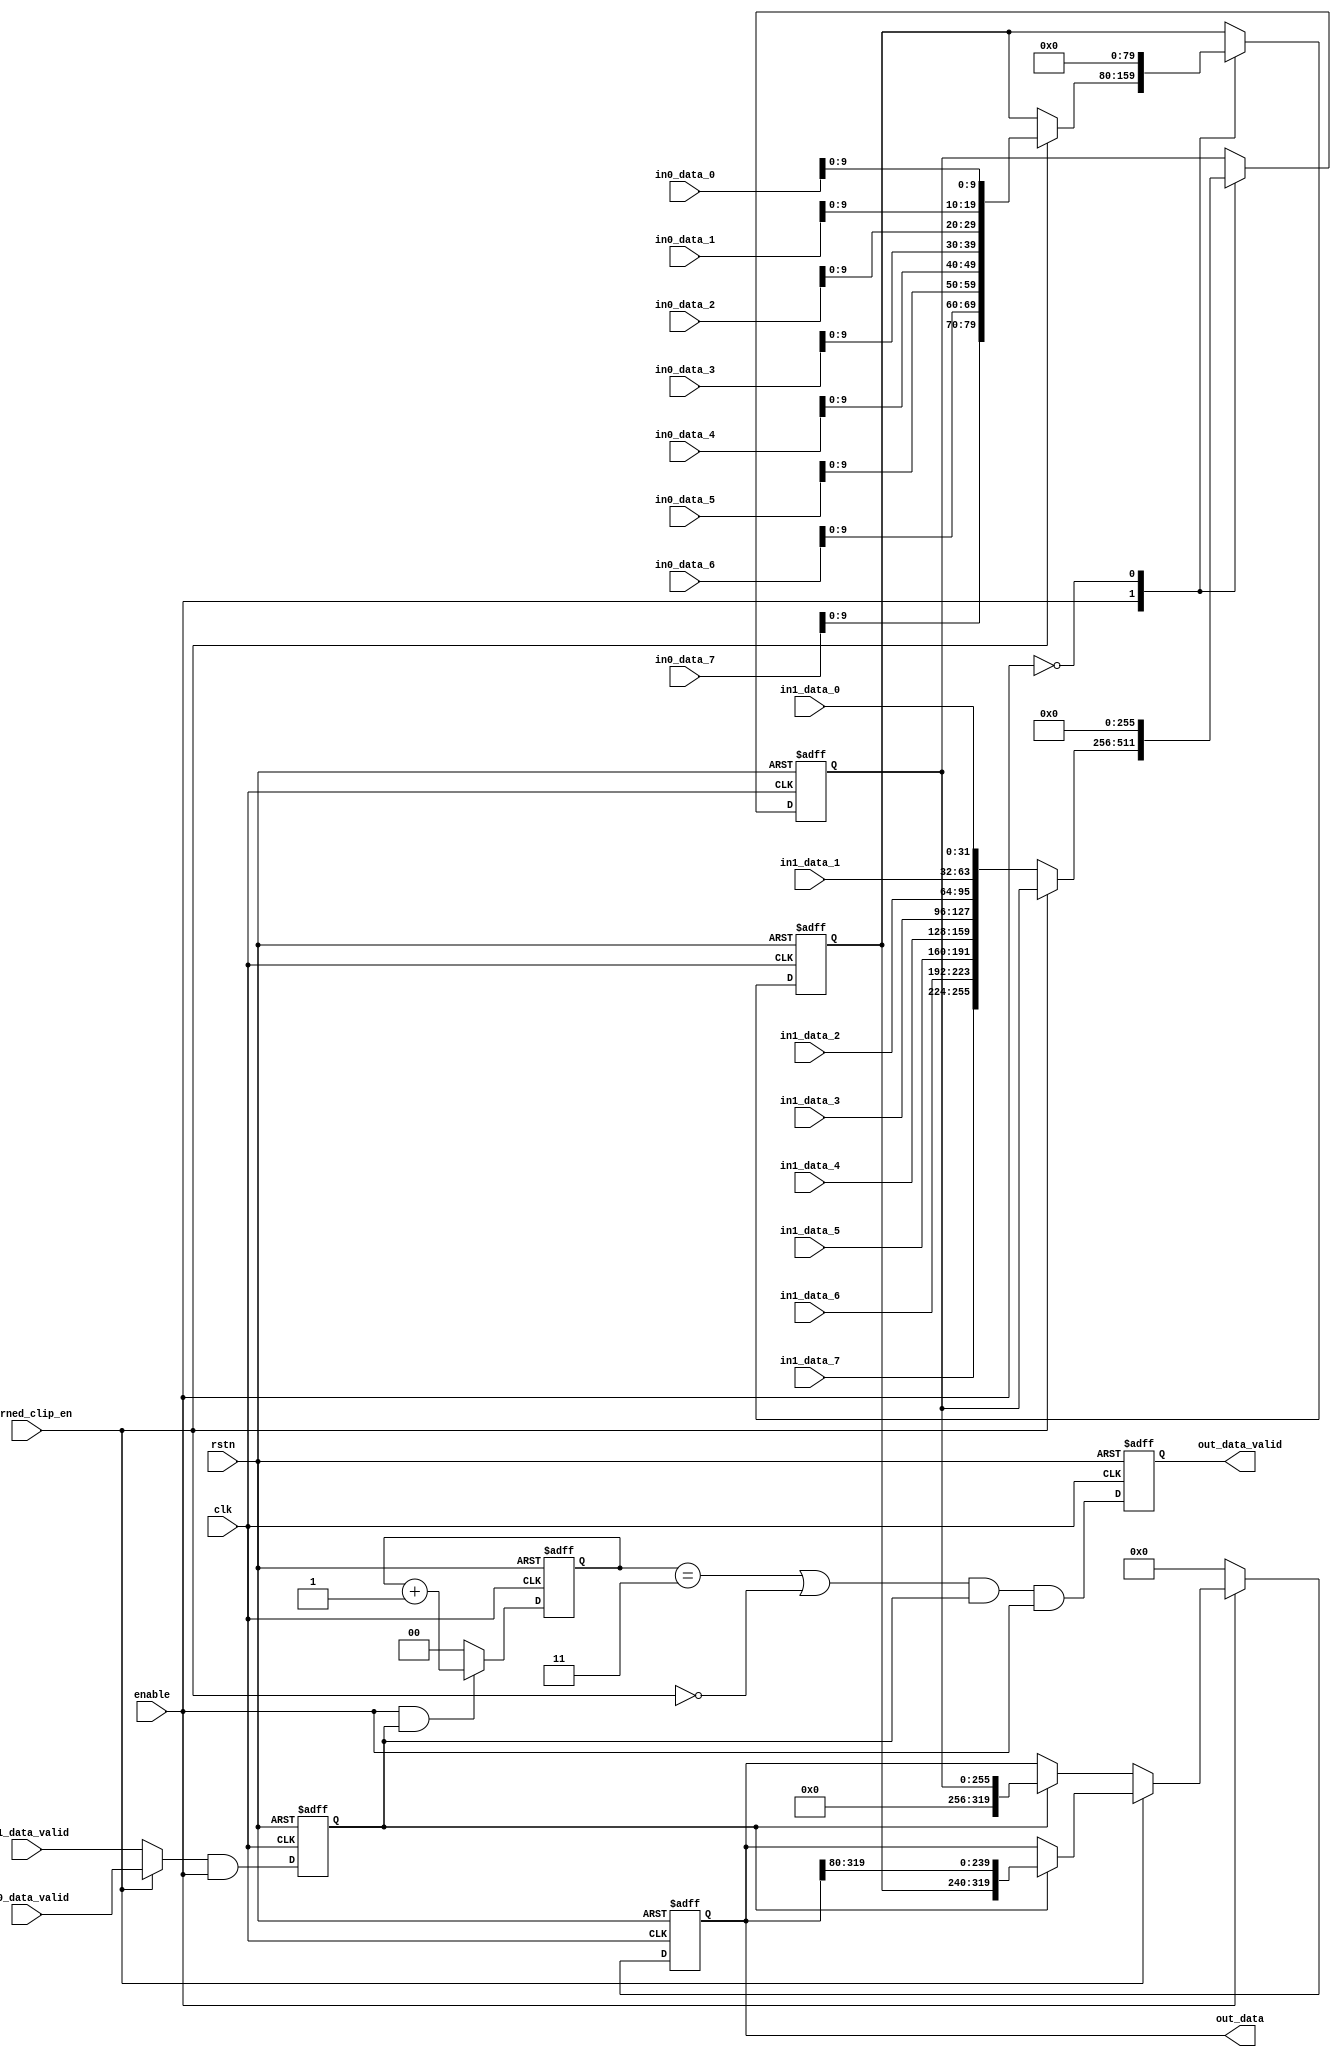
// Generated by stratus_hls 19.10-p100  (91500.011111)
// Fri Jan 15 20:25:17 2021
// from sfu_out_buff.cpp

`timescale 1ps / 1ps

      
module sfu_out_buff(clk, rstn, enable, learned_clip_en, in0_data_0, in0_data_1, in0_data_2, in0_data_3, in0_data_4, in0_data_5, in0_data_6, in0_data_7, in0_data_valid, in1_data_0, in1_data_1, in1_data_2, in1_data_3, in1_data_4, in1_data_5, in1_data_6, in1_data_7, in1_data_valid, out_data, out_data_valid);

      input clk;
      input rstn;
      input enable;
      input learned_clip_en;
      input [31:0] in0_data_0;
      input [31:0] in0_data_1;
      input [31:0] in0_data_2;
      input [31:0] in0_data_3;
      input [31:0] in0_data_4;
      input [31:0] in0_data_5;
      input [31:0] in0_data_6;
      input [31:0] in0_data_7;
      input in0_data_valid;
      input [31:0] in1_data_0;
      input [31:0] in1_data_1;
      input [31:0] in1_data_2;
      input [31:0] in1_data_3;
      input [31:0] in1_data_4;
      input [31:0] in1_data_5;
      input [31:0] in1_data_6;
      input [31:0] in1_data_7;
      input in1_data_valid;
      output [319:0] out_data;
      reg [319:0] out_data;
      output out_data_valid;
      reg out_data_valid;
      reg sfu_out_buff_N_Muxb_1_2_10_4_12_out1;
      wire sfu_out_buff_And_1Ux1U_1U_4_13_out1;
      wire sfu_out_buff_And_1Ux1U_1U_4_10_out1;
      reg[1:0] sfu_out_buff_MuxAdd2i1u2i0u1_4_11_out1;
      wire sfu_out_buff_And_1Ux1U_1U_4_8_out1;
      wire sfu_out_buff_Or_1Ux1U_1U_4_7_out1;
      reg[1:0] data_cnt;
      wire sfu_out_buff_Eqi3u2_4_6_out1;
      wire sfu_out_buff_Not_1U_1U_4_5_out1;
      wire sfu_out_buff_And_1Ux1U_1U_4_9_out1;
      reg[319:0] sfu_out_buff_N_MuxB_320_2_8_4_3_out1;
      reg[319:0] sfu_out_buff_N_MuxB_320_2_0_4_2_out1;
      reg[255:0] t_data;
      wire[256:0] sfu_out_buff_N_MuxB_320_2_0_4_2_in2;
      reg[319:0] sfu_out_buff_N_MuxB_320_2_8_4_1_out1;
      reg r_data_valid;
      reg[79:0] r_data;
      wire[319:0] sfu_out_buff_N_MuxB_320_2_8_4_1_in2;
      reg[319:0] sfu_out_buff_N_MuxB_320_2_9_4_4_out1;

         // rtl_process:sfu_out_buff/drive_out_data
         // Sharing or Control mux
         // Sharing/Controlling 3 operation(s) on drive_out_data
         // at: sfu_out_buff.h:96:7
         // at: sfu_out_buff.h:106:7
         always @(posedge clk or negedge rstn)
          begin :drive_out_data
            if (rstn == 1'b0) begin
               // op:_out_data/OP0
               out_data <= 320'd0;
            end
            else begin
               // op:_out_data/OP14
               out_data <= sfu_out_buff_N_MuxB_320_2_9_4_4_out1;
            end
         end

         // rtl_process:sfu_out_buff/drive_sfu_out_buff_N_MuxB_320_2_8_4_1_in2
         // Sharing or Control mux
         // Sharing/Controlling 1 operation(s) on drive_sfu_out_buff_N_MuxB_320_2_8_4_1_in2
         // at: sfu_out_buff.h:101:32
         assign sfu_out_buff_N_MuxB_320_2_8_4_1_in2 = {r_data, out_data[319:80]};

         // rtl_instance:sfu_out_buff/sfu_out_buff_N_MuxB_320_2_8_4
         always @(out_data or r_data_valid or sfu_out_buff_N_MuxB_320_2_8_4_1_in2)
          begin :sfu_out_buff_N_MuxB_320_2_8_4_1
            if (r_data_valid) begin
               sfu_out_buff_N_MuxB_320_2_8_4_1_out1 = sfu_out_buff_N_MuxB_320_2_8_4_1_in2;
            end
            else begin
               sfu_out_buff_N_MuxB_320_2_8_4_1_out1 = out_data;
            end
         end

         // rtl_process:sfu_out_buff/drive_sfu_out_buff_N_MuxB_320_2_0_4_2_in2
         // Sharing or Control mux
         // Sharing/Controlling 1 operation(s) on drive_sfu_out_buff_N_MuxB_320_2_0_4_2_in2
         // at: sfu_out_buff.h:106:24
         assign sfu_out_buff_N_MuxB_320_2_0_4_2_in2 = {1'b0, t_data};

         // rtl_instance:sfu_out_buff/sfu_out_buff_N_MuxB_320_2_0_4
         always @(out_data or r_data_valid or sfu_out_buff_N_MuxB_320_2_0_4_2_in2)
          begin :sfu_out_buff_N_MuxB_320_2_0_4_2
            if (r_data_valid) begin
               sfu_out_buff_N_MuxB_320_2_0_4_2_out1 = {63'b000000000000000000000000000000000000000000000000000000000000000, sfu_out_buff_N_MuxB_320_2_0_4_2_in2};
            end
            else begin
               sfu_out_buff_N_MuxB_320_2_0_4_2_out1 = out_data;
            end
         end

         // rtl_instance:sfu_out_buff/sfu_out_buff_N_MuxB_320_2_8_4
         always @(learned_clip_en or sfu_out_buff_N_MuxB_320_2_8_4_1_out1 or sfu_out_buff_N_MuxB_320_2_0_4_2_out1)
          begin :sfu_out_buff_N_MuxB_320_2_8_4_3
            if (learned_clip_en) begin
               sfu_out_buff_N_MuxB_320_2_8_4_3_out1 = sfu_out_buff_N_MuxB_320_2_8_4_1_out1;
            end
            else begin
               sfu_out_buff_N_MuxB_320_2_8_4_3_out1 = sfu_out_buff_N_MuxB_320_2_0_4_2_out1;
            end
         end

         // rtl_instance:sfu_out_buff/sfu_out_buff_N_MuxB_320_2_9_4
         always @(enable or sfu_out_buff_N_MuxB_320_2_8_4_3_out1)
          begin :sfu_out_buff_N_MuxB_320_2_9_4_4
            if (enable) begin
               sfu_out_buff_N_MuxB_320_2_9_4_4_out1 = sfu_out_buff_N_MuxB_320_2_8_4_3_out1;
            end
            else begin
               sfu_out_buff_N_MuxB_320_2_9_4_4_out1 = 320'd0;
            end
         end

         // rtl_process:sfu_out_buff/drive_out_data_valid
         // Sharing or Control mux
         // Sharing/Controlling 2 operation(s) on drive_out_data_valid
         // at: sfu_out_buff.h:84:7
         // at: sfu_out_buff.h:90:7
         always @(posedge clk or negedge rstn)
          begin :drive_out_data_valid
            if (rstn == 1'b0) begin
               // op:_out_data_valid/OP26
               out_data_valid <= 1'd0;
            end
            else begin
               // op:_out_data_valid/OP36
               out_data_valid <= sfu_out_buff_And_1Ux1U_1U_4_9_out1;
            end
         end

         // rtl_instance:sfu_out_buff/sfu_out_buff_Not_1U_1U_4_5
         // Resource=sfu_out_buff_Not_1U_1U_4, Function=not : Inputs=1 Outputs=1
         // Implements 1 operation(s)
         // at: sfu_out_buff.h:87:10
         assign sfu_out_buff_Not_1U_1U_4_5_out1 = !learned_clip_en;

         // rtl_instance:sfu_out_buff/sfu_out_buff_Eqi3u2_4_6
         // Resource=sfu_out_buff_Eqi3u2_4, Function=eq : Inputs=2 Outputs=1
         // Implements 1 operation(s)
         // at: sfu_out_buff.h:88:62
         assign sfu_out_buff_Eqi3u2_4_6_out1 = data_cnt == 2'd3;

         // rtl_instance:sfu_out_buff/sfu_out_buff_Or_1Ux1U_1U_4_7
         // Resource=sfu_out_buff_Or_1Ux1U_1U_4, Function=or : Inputs=1,1 Outputs=1
         // Implements 1 operation(s)
         // at: sfu_out_buff.h:87:10
         assign sfu_out_buff_Or_1Ux1U_1U_4_7_out1 = sfu_out_buff_Eqi3u2_4_6_out1 | sfu_out_buff_Not_1U_1U_4_5_out1;

         // rtl_instance:sfu_out_buff/sfu_out_buff_And_1Ux1U_1U_4_8
         // Resource=sfu_out_buff_And_1Ux1U_1U_4, Function=and : Inputs=1,1 Outputs=1
         // Implements 1 operation(s)
         // at: sfu_out_buff.h:88:44
         assign sfu_out_buff_And_1Ux1U_1U_4_8_out1 = sfu_out_buff_Or_1Ux1U_1U_4_7_out1 & r_data_valid;

         // rtl_instance:sfu_out_buff/sfu_out_buff_And_1Ux1U_1U_4_9
         // Resource=sfu_out_buff_And_1Ux1U_1U_4, Function=and : Inputs=1,1 Outputs=1
         // Implements 1 operation(s)
         // at: sfu_out_buff.h:85:10
         assign sfu_out_buff_And_1Ux1U_1U_4_9_out1 = sfu_out_buff_And_1Ux1U_1U_4_8_out1 & enable;

         // rtl_process:sfu_out_buff/drive_data_cnt
         // Sharing or Control mux
         // Sharing/Controlling 4 operation(s) on drive_data_cnt
         // at: sfu_out_buff.h:88:47
         // at: sfu_out_buff.h:72:7
         // at: sfu_out_buff.h:78:7
         always @(posedge clk or negedge rstn)
          begin :drive_data_cnt
            if (rstn == 1'b0) begin
               // op:_data_cnt/OP45
               data_cnt <= 2'd0;
            end
            else begin
               // op:_data_cnt/OP52
               data_cnt <= sfu_out_buff_MuxAdd2i1u2i0u1_4_11_out1;
            end
         end

         // rtl_instance:sfu_out_buff/sfu_out_buff_And_1Ux1U_1U_4_10
         // Resource=sfu_out_buff_And_1Ux1U_1U_4, Function=and : Inputs=1,1 Outputs=1
         // Implements 1 operation(s)
         // at: sfu_out_buff.h:73:15
         assign sfu_out_buff_And_1Ux1U_1U_4_10_out1 = enable & r_data_valid;

         // rtl_instance:sfu_out_buff/sfu_out_buff_MuxAdd2i1u2i0u1_4
         always @(data_cnt or sfu_out_buff_And_1Ux1U_1U_4_10_out1)
          begin :sfu_out_buff_MuxAdd2i1u2i0u1_4_11
            if (sfu_out_buff_And_1Ux1U_1U_4_10_out1) begin
               sfu_out_buff_MuxAdd2i1u2i0u1_4_11_out1 = data_cnt + 2'd1;
            end
            else begin
               sfu_out_buff_MuxAdd2i1u2i0u1_4_11_out1 = 2'd0;
            end
         end

         // rtl_process:sfu_out_buff/drive_r_data_valid
         // Sharing or Control mux
         // Sharing/Controlling 5 operation(s) on drive_r_data_valid
         // at: sfu_out_buff.h:100:10
         // at: sfu_out_buff.h:88:24
         // at: sfu_out_buff.h:75:15
         // at: sfu_out_buff.h:60:7
         // at: sfu_out_buff.h:66:7
         always @(posedge clk or negedge rstn)
          begin :drive_r_data_valid
            if (rstn == 1'b0) begin
               // op:_r_data_valid/OP57
               r_data_valid <= 1'd0;
            end
            else begin
               // op:_r_data_valid/OP64
               r_data_valid <= sfu_out_buff_And_1Ux1U_1U_4_13_out1;
            end
         end

         // rtl_instance:sfu_out_buff/sfu_out_buff_N_Muxb_1_2_10_4
         always @(in1_data_valid or in0_data_valid or learned_clip_en)
          begin :sfu_out_buff_N_Muxb_1_2_10_4_12
            if (learned_clip_en) begin
               sfu_out_buff_N_Muxb_1_2_10_4_12_out1 = in0_data_valid;
            end
            else begin
               sfu_out_buff_N_Muxb_1_2_10_4_12_out1 = in1_data_valid;
            end
         end

         // rtl_instance:sfu_out_buff/sfu_out_buff_And_1Ux1U_1U_4_13
         // Resource=sfu_out_buff_And_1Ux1U_1U_4, Function=and : Inputs=1,1 Outputs=1
         // Implements 1 operation(s)
         // at: sfu_out_buff.h:61:10
         assign sfu_out_buff_And_1Ux1U_1U_4_13_out1 = sfu_out_buff_N_Muxb_1_2_10_4_12_out1 & enable;

         // rtl_process:sfu_out_buff/drive_t_data
         // Sharing or Control mux
         // Sharing/Controlling 4 operation(s) on drive_t_data
         // at: sfu_out_buff.h:106:26
         // at: sfu_out_buff.h:45:7
         // at: sfu_out_buff.h:47:7
         // at: sfu_out_buff.h:53:7
         always @(posedge clk or negedge rstn)
          begin :drive_t_data
            if (rstn == 1'b0) begin
               // op:_t_data/OP70
               t_data <= 256'd0;
            end
            else begin
               case (enable) 

                  1'b1:                   begin
                     if (learned_clip_en) begin
                     end
                     else begin
                        // op:_t_data/OP83
                        t_data <= {in1_data_7, {in1_data_6, {in1_data_5, {in1_data_4, {in1_data_3, {in1_data_2, {in1_data_1, in1_data_0}}}}}}};
                     end
                  end
                  
                  1'b0:                   begin
                     // op:_t_data/OP84
                     t_data <= 256'd0;
                  end
                  
               endcase

            end
         end

         // rtl_process:sfu_out_buff/drive_r_data
         // Sharing or Control mux
         // Sharing/Controlling 4 operation(s) on drive_r_data
         // at: sfu_out_buff.h:101:19
         // at: sfu_out_buff.h:30:7
         // at: sfu_out_buff.h:32:7
         // at: sfu_out_buff.h:38:7
         always @(posedge clk or negedge rstn)
          begin :drive_r_data
            if (rstn == 1'b0) begin
               // op:_r_data/OP85
               r_data <= 80'd0000000000000000000000000;
            end
            else begin
               case (enable) 

                  1'b1:                   begin
                     if (learned_clip_en) begin
                        // op:_r_data/OP98
                        r_data <= {in0_data_7[9:0], {in0_data_6[9:0], {in0_data_5[9:0], {in0_data_4[9:0], {in0_data_3[9:0], {in0_data_2[9:0], {in0_data_1[9:0], in0_data_0[9:0]}}}}}}};
                     end
                  end
                  
                  1'b0:                   begin
                     // op:_r_data/OP99
                     r_data <= 80'd0000000000000000000000000;
                  end
                  
               endcase

            end
         end


endmodule